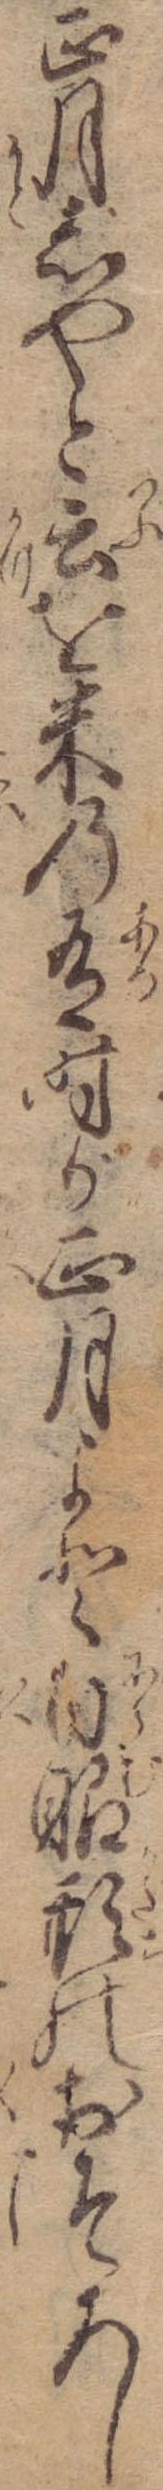
正月じゃと云を米の有時が正月よと白眼形のおそろし